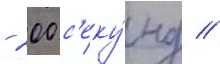
- 200 с'еку́нд //